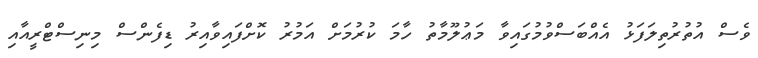
ވެސް އުތުރުތިލަފަޅު އެއްބަސްވުމުގައިވާ މަޢުލޫމާތު ހާމަ ކުރުމަށް އަމުރު ކޮށްފައިވާއިރު ޑިފެންސް މިނިސްޓްރީއާއި